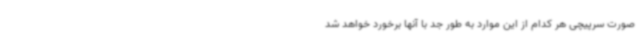
صورت سرپیچی هر کدام از این موارد به طور جد با آنها برخورد خواهد شد